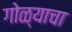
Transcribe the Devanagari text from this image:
गोळ्याचा